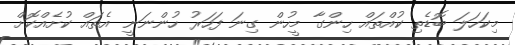
މިކަހަލަ ބޮޑެތި ކުއްތައް ހިންގާ މީހުން ގިނަ ފަހަރު ހުންނަނީ އެތައް ކުށެއްކޮށް